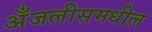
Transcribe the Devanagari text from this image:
अँजलीसमधील